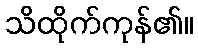
သိထိုက်ကုန်၏။